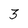
Character: 3